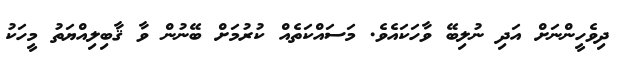
ދިވެހީންނަށް އަދި ނުލިބޭ ވާހަކައެވެ. މަސައްކަތެއް ކުރުމަށް ބޭނުން ވާ ޤާބިލިއްޔަތު މީހަކު